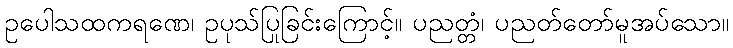
ဥပေါသထကရဏေ၊ ဥပုသ်ပြုခြင်းကြောင့်။ ပညတ္တံ၊ ပညတ်တော်မူအပ်သော။